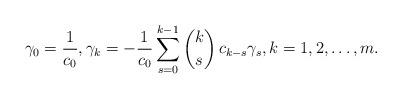
LaTeX: \begin{align*} \gamma_0 = \frac{1}{c_0}, \gamma_k =- \frac{1}{c_0} \sum_{s=0}^{k-1}{k \choose s}\, c_{k-s} \gamma_s, k=1,2,\dots,m.\end{align*}